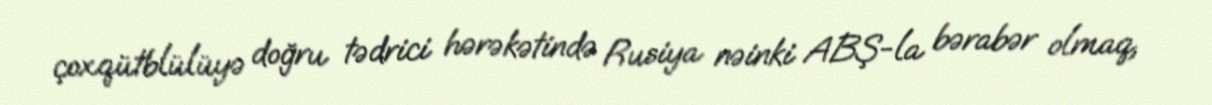
çoxqütblülüyə doğru tədrici hərəkətində Rusiya nəinki ABŞ-la bərabər olmaq,